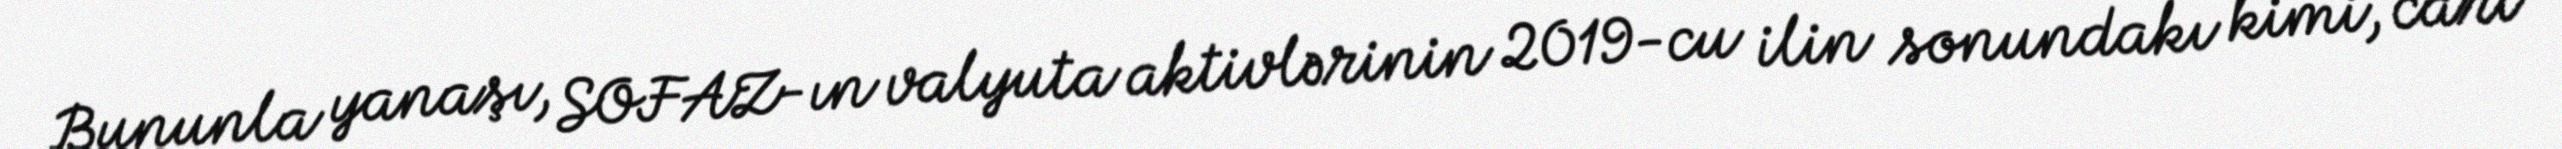
Bununla yanaşı, SOFAZ-ın valyuta aktivlərinin 2019-cu ilin sonundakı kimi, cari